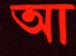
আ